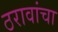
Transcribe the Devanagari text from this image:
ठरावांचा